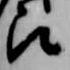
被